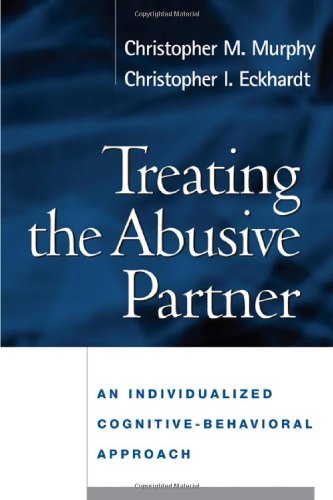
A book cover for Treating the Abusive Partner: An Individualized Cognitive-Behavioral Approach; Christopher M. Murphy PhD; Law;